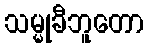
သမ္မုခီဘူတော